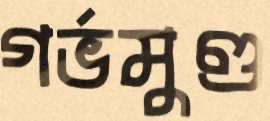
গর্ভমুণ্ড